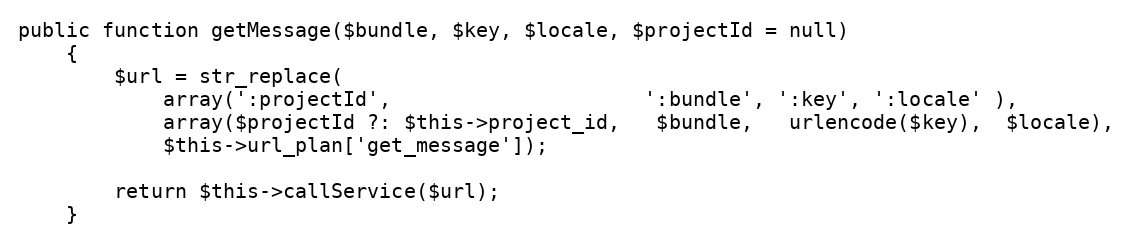
Language: PHP
public function getMessage($bundle, $key, $locale, $projectId = null)
    {
        $url = str_replace(
            array(':projectId',                     ':bundle', ':key', ':locale' ),
            array($projectId ?: $this->project_id,   $bundle,   urlencode($key),  $locale),
            $this->url_plan['get_message']);

        return $this->callService($url);
    }